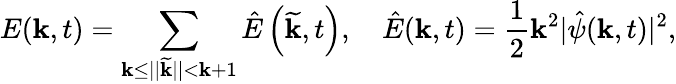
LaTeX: E(\mathbf{k},t)=\sum_{\mathbf{k}\leq||\widetilde{{\boldsymbol{\mathbf{k}}}}||<{\mathbf{k}+1}}\hat{{E}}\left(\widetilde{{\boldsymbol{\mathbf{k}}}},t\right),\quad\hat{{E}}(\boldsymbol{\mathbf{k}},t)=\frac{{1}}{{2}}\mathbf{k}^{2}|\hat{{\psi}}(\boldsymbol{\mathbf{k}},t)|^{2},